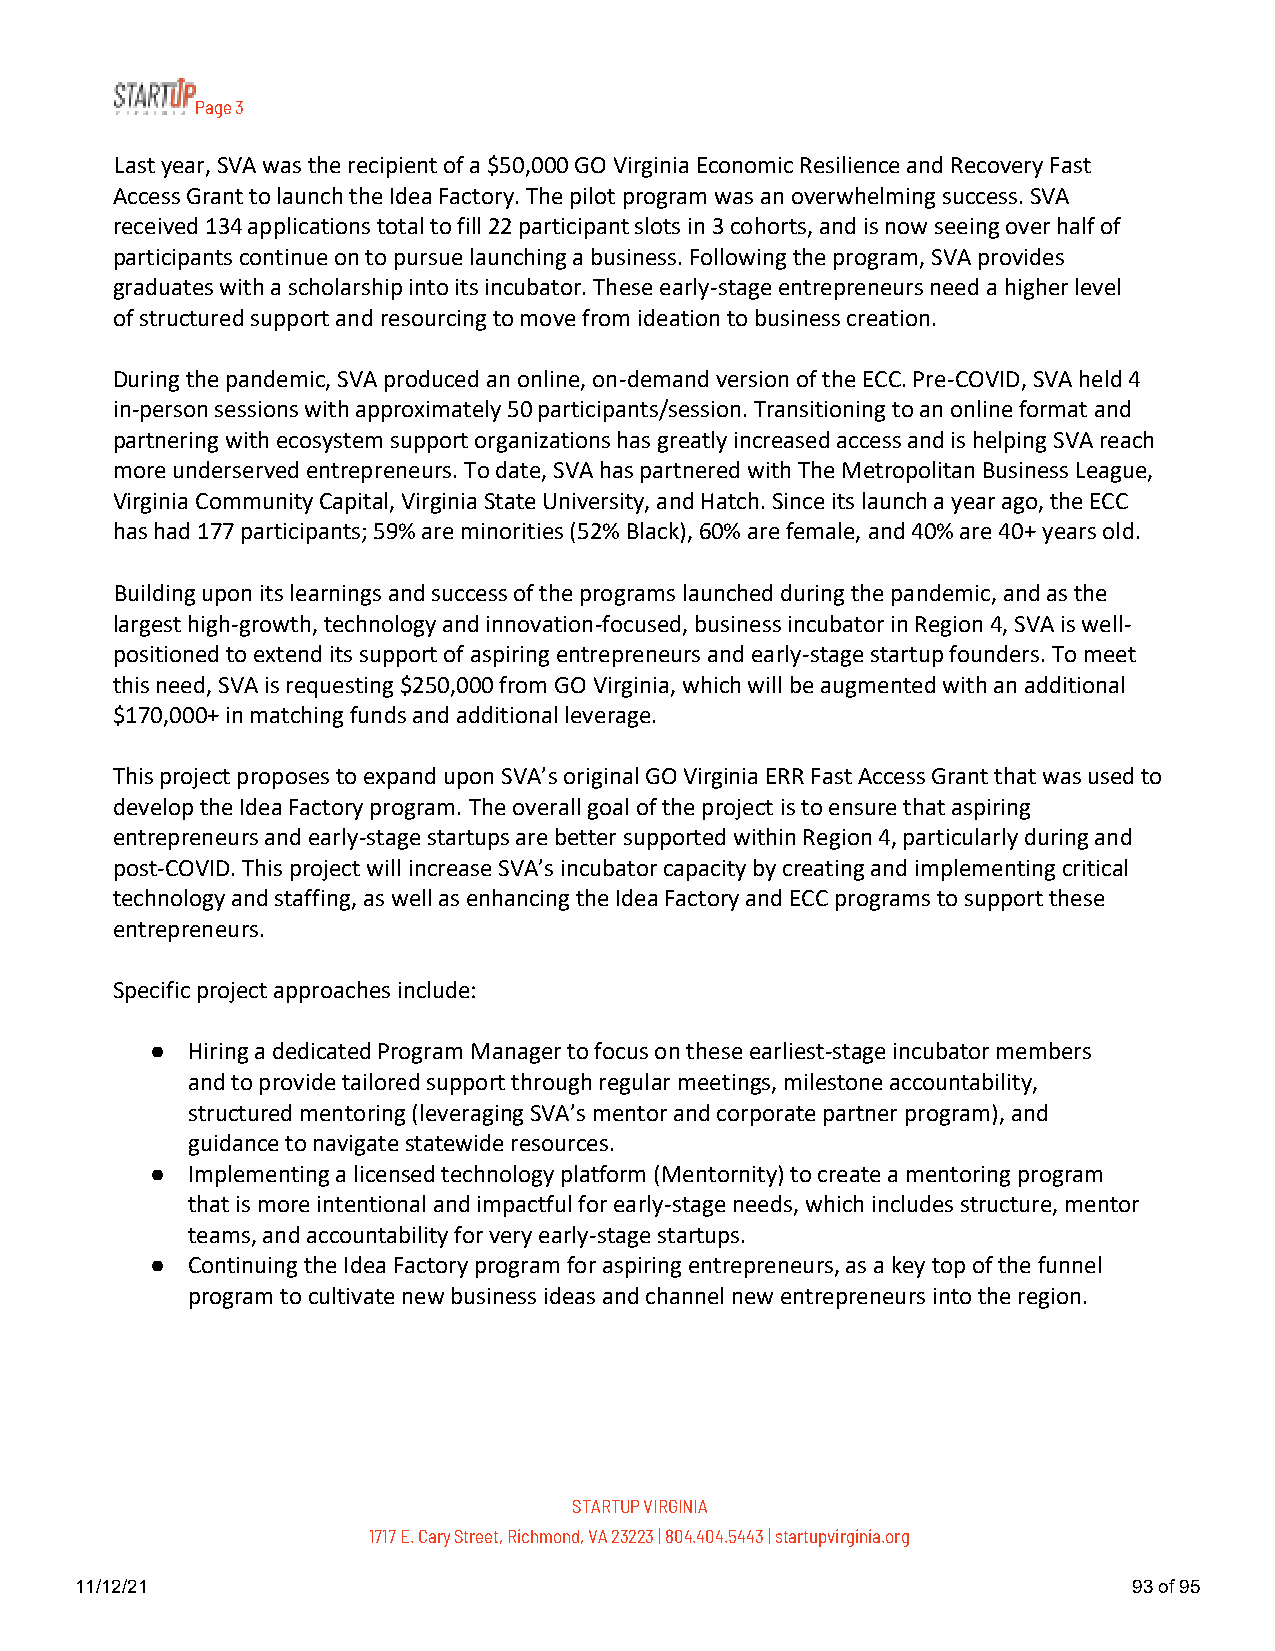
Page 3
 Last year, SVA was the recipient of a $50,000 GO Virginia Economic Resilience and Recovery Fast
 Access Grant to launch the Idea Factory. The pilot program was an overwhelming success. SVA
 received 134 applications total to fill 22 participant slots in 3 cohorts, and is now seeing over half of
 participants continue on to pursue launching a business. Following the program, SVA provides
 graduates with a scholarship into its incubator. These early-stage entrepreneurs need a higher level
 of structured support and resourcing to move from ideation to business creation.
 During the pandemic, SVA produced an online, on-demand version of the ECC. Pre-COVID, SVA held 4
 in-person sessions with approximately 50 participants/session. Transitioning to an online format and
 partnering with ecosystem support organizations has greatly increased access and is helping SVA reach
 more underserved entrepreneurs. To date, SVA has partnered with The Metropolitan Business League,
 Virginia Community Capital, Virginia State University, and Hatch. Since its launch a year ago, the ECC
 has had 177 participants; 59% are minorities (52% Black), 60% are female, and 40% are 40+ years old.
 Building upon its learnings and success of the programs launched during the pandemic, and as the
 largest high-growth, technology and innovation-focused, business incubator in Region 4, SVA is well-
 positioned to extend its support of aspiring entrepreneurs and early-stage startup founders. To meet
 this need, SVA is requesting $250,000 from GO Virginia, which will be augmented with an additional
 $170,000+ in matching funds and additional leverage.
 This project proposes to expand upon SVA’s original GO Virginia ERR Fast Access Grant that was used to
 develop the Idea Factory program. The overall goal of the project is to ensure that aspiring
 entrepreneurs and early-stage startups are better supported within Region 4, particularly during and
 post-COVID. This project will increase SVA’s incubator capacity by creating and implementing critical
 technology and staffing, as well as enhancing the Idea Factory and ECC programs to support these
 entrepreneurs.
 Specific project approaches include:
 ● Hiring a dedicated Program Manager to focus on these earliest-stage incubator members
 and to provide tailored support through regular meetings, milestone accountability,
 structured mentoring (leveraging SVA’s mentor and corporate partner program), and
 guidance to navigate statewide resources.
 ● Implementing a licensed technology platform (Mentornity) to create a mentoring program
 that is more intentional and impactful for early-stage needs, which includes structure, mentor
 teams, and accountability for very early-stage startups.
 ● Continuing the Idea Factory program for aspiring entrepreneurs, as a key top of the funnel
 program to cultivate new business ideas and channel new entrepreneurs into the region.
 STARTUP VIRGINIA
 1717 E. Cary Street, Richmond, VA 23223 | 804.404.5443 | startupvirginia.org
 11/12/21                                                              93 of 95